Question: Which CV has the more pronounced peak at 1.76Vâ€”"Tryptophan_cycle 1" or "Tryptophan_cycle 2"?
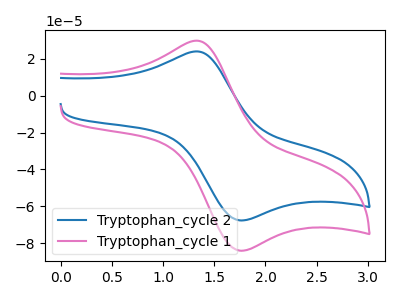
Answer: <think>The blue curve "Tryptophan_cycle 2" has an anodic peak at (1.35V, 24.00uA) and a cathodic peak at (1.75V, -67.75uA). The pink curve "Tryptophan_cycle 1" has an anodic peak at (1.35V, 29.80uA) and a cathodic peak at (1.75V, -84.15uA).</think>
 <answer>The peak at 1.76V is higher in "Tryptophan_cycle 1" than in "Tryptophan_cycle 2".</answer>
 <eval>higher</eval>